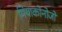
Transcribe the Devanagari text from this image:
मियाकोनोजो